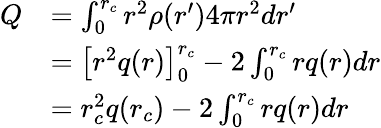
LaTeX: \begin{array}{rl}{Q}&{=\int_{0}^{r_{c}}r^{2}\rho(r^{\prime})4\pi r^{2}dr^{\prime}}\\ &{=\left[r^{2}q(r)\right]_{0}^{r_{c}}-2\int_{0}^{r_{c}}rq(r)dr}\\ &{=r_{c}^{2}q(r_{c})-2\int_{0}^{r_{c}}rq(r)dr}\end{array}